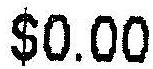
$0.00